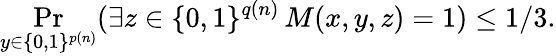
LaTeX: \Pr_{y\in\{ 0,1\} ^{p(n)}}(\exists z\in\{ 0,1\} ^{q(n)}\, M(x,y,z)=1)\leq 1/3.